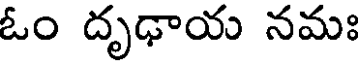
ఓం దృఢాయ నమః